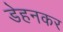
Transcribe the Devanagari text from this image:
डेहनकर